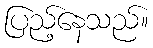
ပြည့်နေသည်။